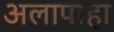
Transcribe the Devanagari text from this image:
अलापाहा